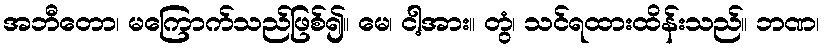
အဘီတော၊ မကြောက်သည်ဖြစ်၍။ မေ၊ ငါ့အား။ တွံ၊ သင်ရထားထိန်းသည်။ ဘဏ၊